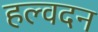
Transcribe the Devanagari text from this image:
हल्वदन